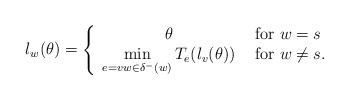
LaTeX: \begin{align*} \l_w(\theta) = \left\{\begin{array}{cl}\theta & \mbox{ for $w=s$} \\ \min\limits_{e=vw \in \delta^- (w)} T_e(\l_v(\theta)) & \mbox{ for $w \neq s$}.\end{array}\right.\end{align*}